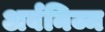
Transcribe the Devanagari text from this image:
अर्बनिज्म